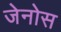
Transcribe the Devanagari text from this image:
जेनोस